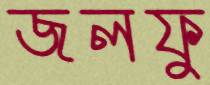
জলফু